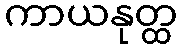
ကာယနုတ္ထ